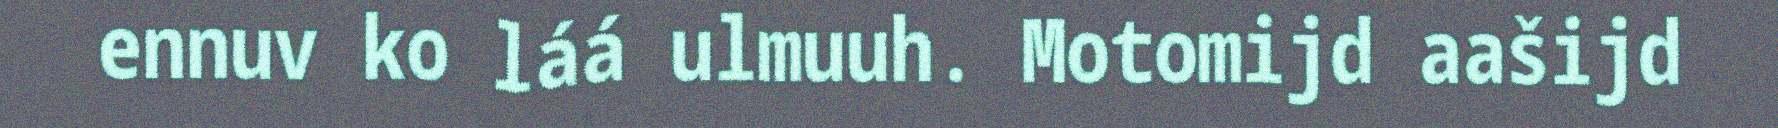
ennuv ko láá ulmuuh. Motomijd aašijd